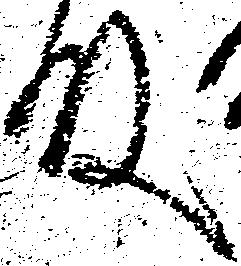
殿